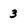
Character: 3